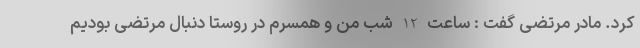
کرد. مادر مرتضی گفت : ساعت 12 شب من و همسرم در روستا دنبال مرتضی بودیم